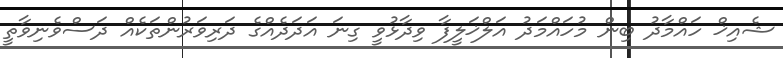
ޝެއިޚް ހައްމާދު ބިން މުހައްމަދު އަލްޚަލީފާ ވިދާޅުވީ ގިނަ އަދަދެއްގެ ދަރިވަރުންތަކެއް ދަސްވެނިވާތީ